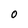
Character: O